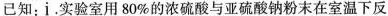
已知：i.实验室用80\%的浓硫酸与亚硫酸钠粉末在室温下反